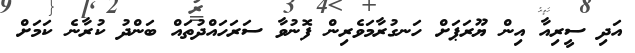
އަދި ސީރިއާ އިން ޔޫރަޕަށް ހަނގުރާމަވެރިން ފޮނުވާ ސަރަހައްދުތައް ބަންދު ކުރާނެ ކަމަށް